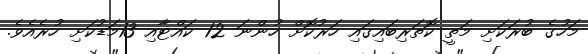
މަހުގެ ބުރަކަށި މަތީ ކޮތަރިބައިގައި ހަރުކޮށް ހުންނަ 12 ކައްޓާއި 13މަޑުކަށި ހުރެއެވެ.